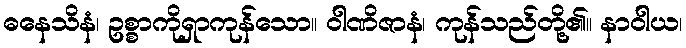
ဓနေသိနံ၊ ဥစ္စာကိုရှာကုန်သော။ ဝါဏိဇာနံ၊ ကုန်သည်တို့၏။ နာဝါယ၊